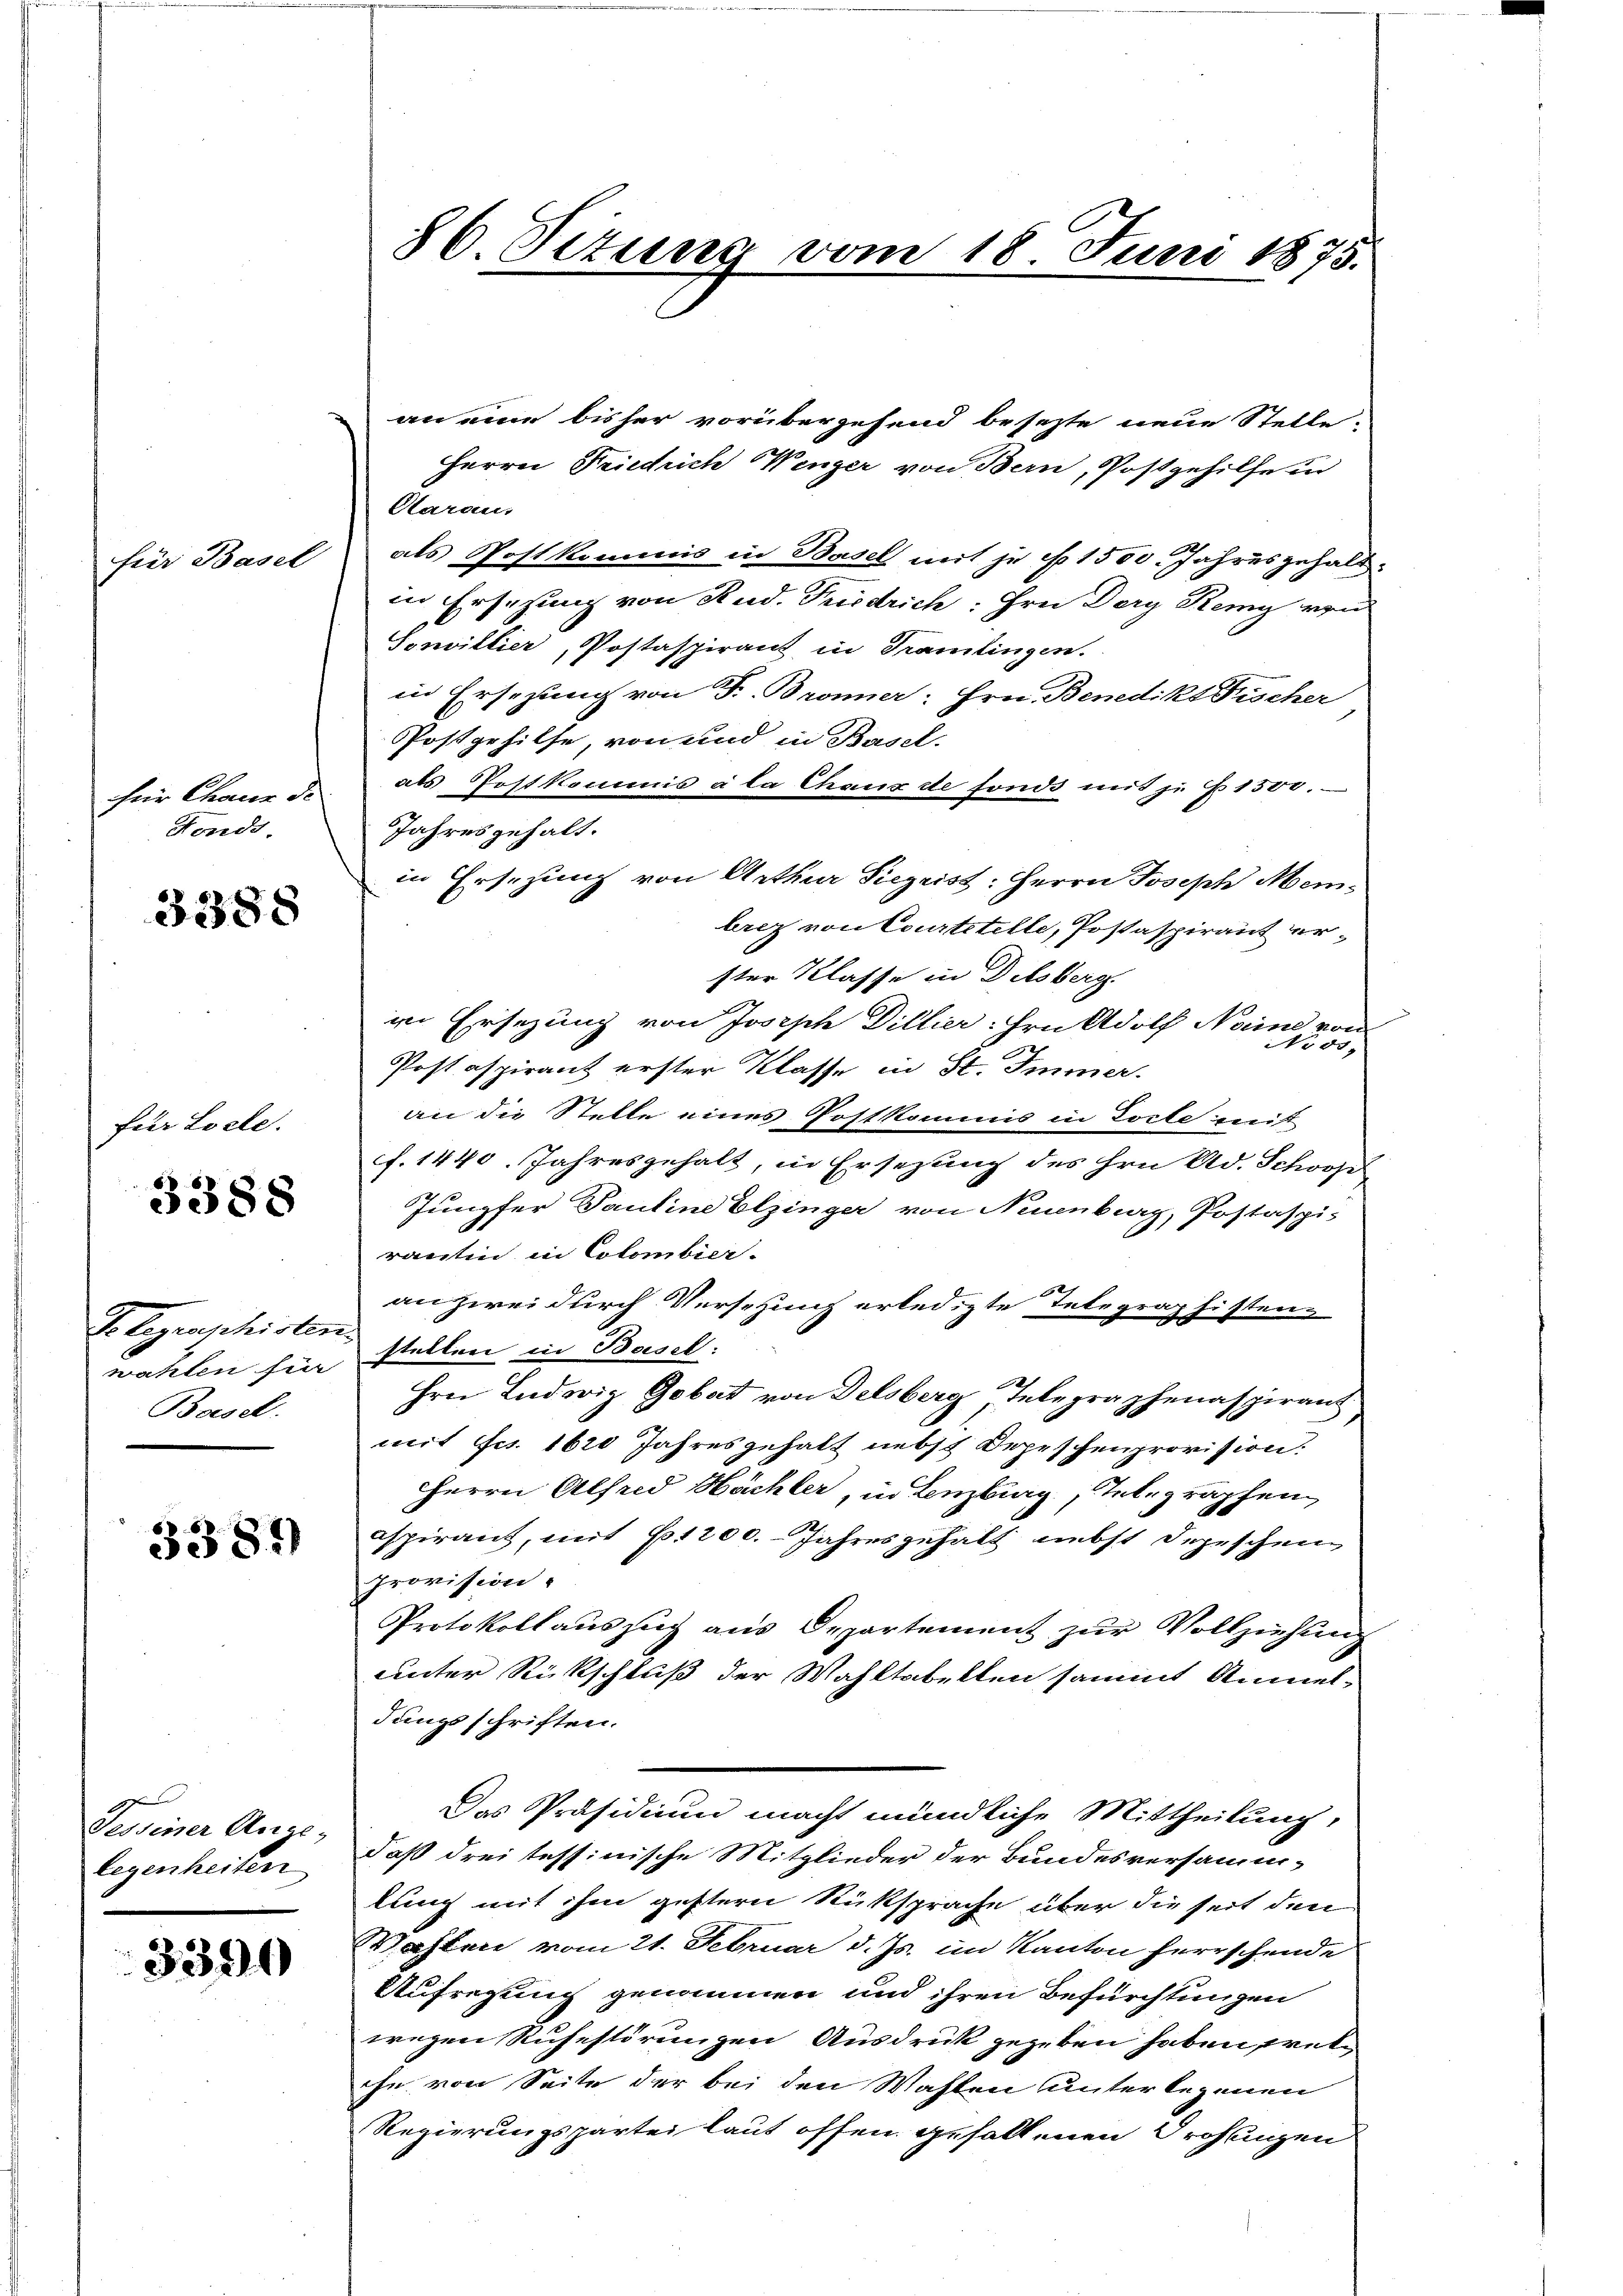
für Basel

Fonds.

3388

für Locte.

3388

So legenschirten.
Basel.

3381)

legenheiten

3390

Garan,
als Postkommis in Basel mit je No. 1500. Jahresgehaltin Ersetzung von Rud. Friedrich: Hrn. Dery Remy von
Sonvillier, Postaspirant in Tramlingen.
in Ersezung von F. Broner: Hrn. Benedikt Fischer
Postgehilfe, von und in Basel-
für Chauer de als Postkommis à la Chaux de fonds mit je §. 1500.
Jahresgehalt.
lrez von Courtitelle, Postaspirant erster Klasse in Delsberg
in Ersezung von Joseph Dillier. Hrn. Adolf Noine von
No 83.
Postaspirant erster Klasse in St. Immer.
an die Stelle eines Postkommis in Torte mit
f. 1440. Jahresgehalt, in Ersezung des Hrn. Ad. Schooße
Jungfer Pauline Elzinger von Neuenburg, Postaspis
rantin in Colombier-
anzwei durch Versehung erledigte Telegraphisten-
wahlen für stellen in Basel:
Hrn. Ludwig Gobat von Delsberg, Telegraphenaspirant
mit Frs. 1620 Jahresgehalt nebst Depeschenprovision.
HHerrn Alfred Hächler, in Lenzburg, Telegraphen,
aspirant, mit 1200. Jahresgehalt nebst Depeschen
Provision
Protokollauszug aus Departement zur Vollziehung
unter Rückschluß der Wahltabellen sammt Anmel-
dungsschriften.
Das Präsidium macht mündliche Mittheilung,
Gessiner Ange; daß drei tessinische Mitglieder der Bundesversammlung mit ihm gestern Rüksprache über die seit den
Wasten vom 21. Februar d. Js. im Kanton herrschende
Aufregung genommen und ihren Befürchtungen
wegen Ruhestörungen Ausdruck gegeben haben tretihe von Seite der bei den Wahlen unterlegenen
Regierungspartei laut offen gefallenen Drohungen

86. Titung vom 18. Juni 1875.

Herrn Friedrich Wenzer von Bern, Postgehilfe in

in Ersezung von Arthur Siegeist: Herrn Joseph Mei¬

an eine bisher vorübergehend besezte neue Stelle-